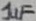
Text: 1uF